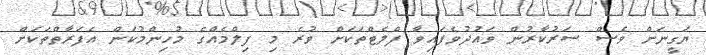
ޔަގީނަށް ވެސް ސަރުކާރުން ވައުދުވެފައިވާ ފްލެޓްތަކަށް ވުރެ މި ފިލްމެއްގެ މުހިންމުކަން އެފަރާތްތަކަށް